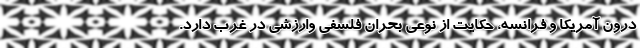
درون آمریکا و فرانسه، حکایت از نوعی بحران فلسفی وارزشی در غرب دارد.